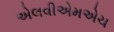
એલવીએમએચ